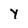
Character: y